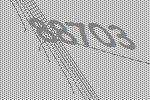
88703